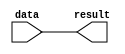
module mem_writedata(data,result);
	input[7:0] data;
	output wire[7:0] result;
	
	assign result = data;
endmodule